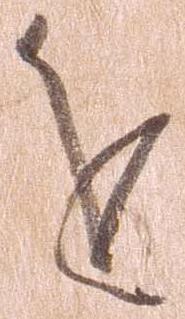
を